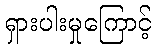
ရှားပါးမှုကြောင့်